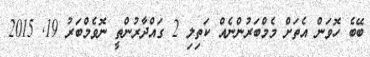
ބޭބެ ހޮވަން އެތަށް މެމްބަރުންނެއް ކަތިލި 2 ގައްދާރުންތީ ނޮވެމްބަރު 19